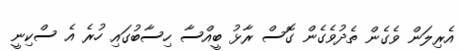
އެރިލަން ވެގެން ތެދުވެގެން ގޮސް ރާޅު ބީއްސާ ހިސާބުގައި ހުރެ އެ ސްކިނީ